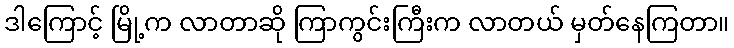
ဒါကြောင့် မြို့က လာတာဆို ကြာကွင်းကြီးက လာတယ် မှတ်နေကြတာ။